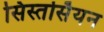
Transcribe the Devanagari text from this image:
सिस्तर्सियन